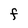
Character: f